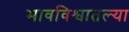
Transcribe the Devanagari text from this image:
भावविश्वातल्या